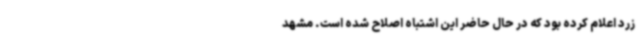
زرد اعلام کرده بود که در حال حاضر این اشتباه اصلاح شده است. مشهد